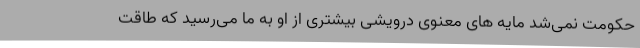
حکومت نمی‌شد مایه های معنوی درویشی بیشتری از او به ما می‌رسید که طاقت